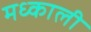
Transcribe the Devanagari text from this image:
मध्काली